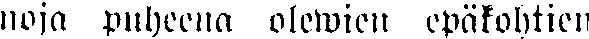
noja puheena olewien epäkohtien